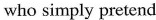
who simply pretend